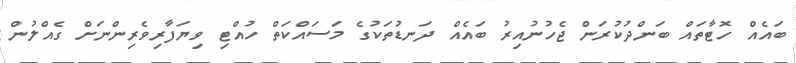
ބައެއް ހޮޓާތައް ބަންދުކުރަން ޖެހުނުއިރު ބައެއް ދަނޑުތަކުގެ މަސައްކަތް ހުއްޓި ވިޔަފާރިވެރިންނަށް ގެއްލުން